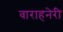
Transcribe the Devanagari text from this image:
वाराहनेरी